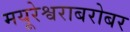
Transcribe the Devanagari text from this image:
मयूरेश्वराबरोबर